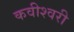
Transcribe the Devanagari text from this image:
कवीश्वरी